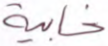
خابية